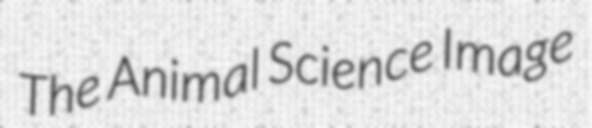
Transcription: The Animal Science Image